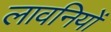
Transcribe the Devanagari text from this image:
लावनियों